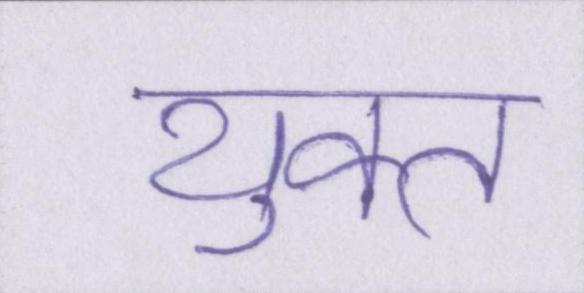
युक्त